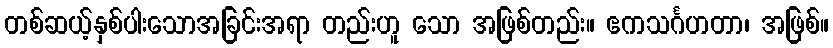
တစ်ဆယ့်နှစ်ပါးသောအခြင်းအရာ တည်းဟူ သော အဖြစ်တည်း။ ဧကသင်္ဂဟတာ၊ အဖြစ်။